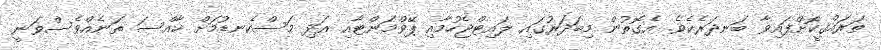
ތަރައްޤީކޮށްފައިވާ ބަނދަރެކެވެ. އެގޮތުން މިބަދަރުގައި ލައިޓްޖެހުމާއި ޕޭވްމަންޓާއި އަދި މަސްކެނޑުމަށް ޚާއްސަ ތަނެއްވެސްވަނީ